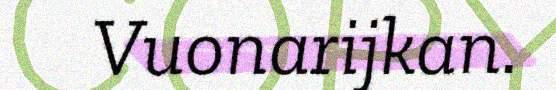
Vuonarijkan.